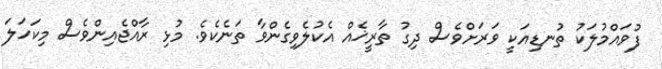
ފުވައްމުލަކު ތުނޑިއަކީ ވަރަށްވެސް ދިގު ތާރީޚެއް އެކުލެވިގެންވާ ތަނެކެވެ. މުޅި ރާއްޖެއިންވެސް މިކަހަލަ